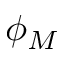
\phi _ { M }